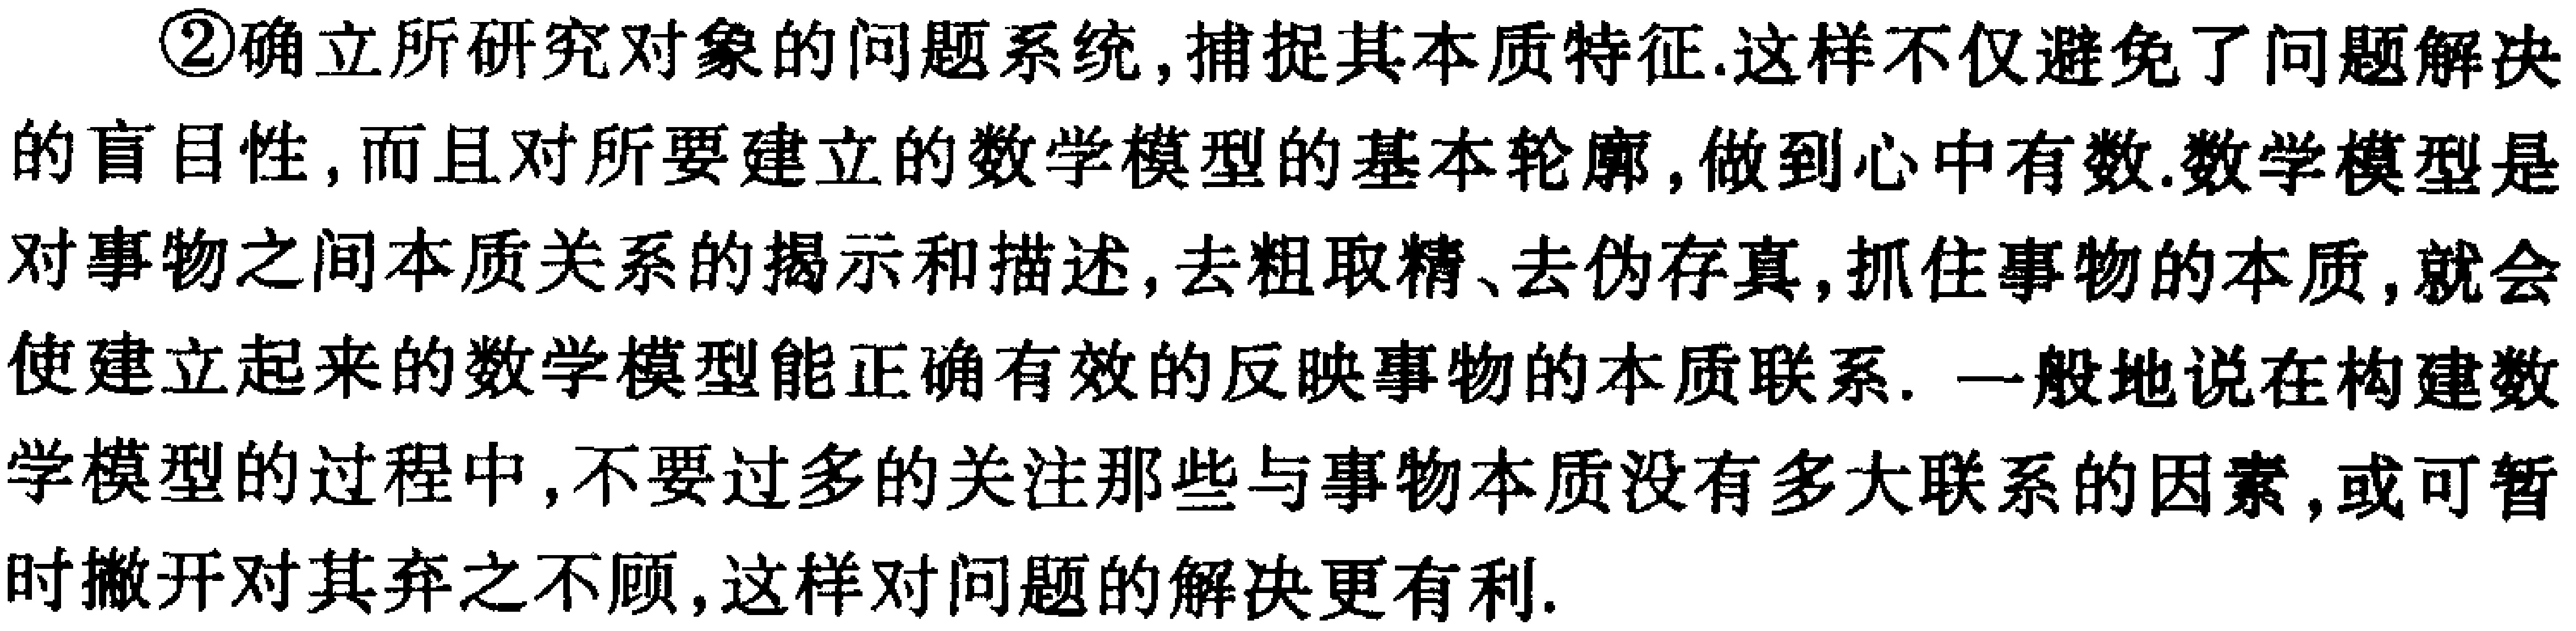
\textcircled{2}确立所研究对象的问题系统,捕捉其本质特征.这样不仅避免了问题解决的盲目性,而且对所要建立的数学模型的基本轮廓,做到心中有数.数学模型是对事物之间本质关系的揭示和描述,去粗取精、去伪存真,抓住事物的本质,就会使建立起来的数学模型能正确有效的反映事物的本质联系. 一般地说在构建数学模型的过程中,不要过多的关注那些与事物本质没有多大联系的因素,或可暂时撇开对其弃之不顾,这样对问题的解决更有利.